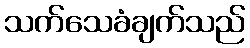
သက်သေခံချက်သည်